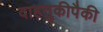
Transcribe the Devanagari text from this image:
वाहतुकीपैकी